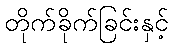
တိုက်ခိုက်ခြင်းနှင့်